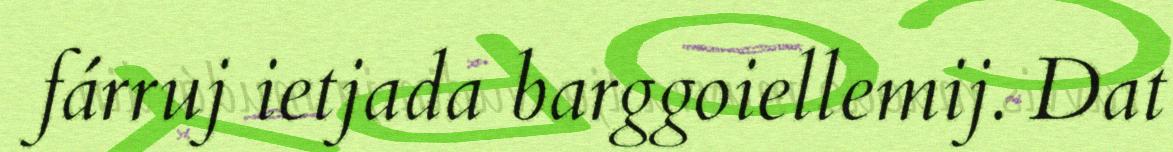
fárruj ietjada barggoiellemij. Dat